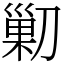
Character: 𠞰